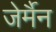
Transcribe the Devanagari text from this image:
जेर्मैन